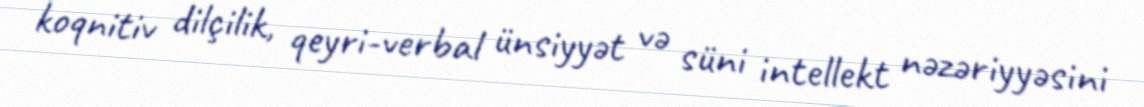
koqnitiv dilçilik, qeyri-verbal ünsiyyət və süni intellekt nəzəriyyəsini